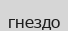
гнездо